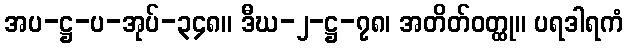
အပ-ဋ္ဌ-ပ-အုပ်-၃၄၈။ ဒီဃ-၂-ဋ္ဌ-၇၈၊ အတိတ်ဝတ္ထု။ ပရဒါရကံ